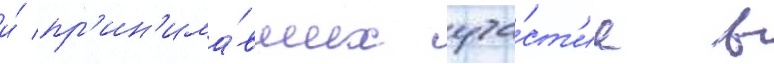
и́ пр'ин'има́вших уча́ст'ие в